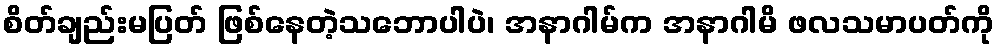
စိတ်ချည်းမပြတ် ဖြစ်နေတဲ့သဘောပါပဲ၊ အနာဂါမ်က အနာဂါမိ ဖလသမာပတ်ကို